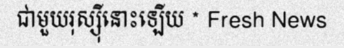
ជាមួយរុស្ស៉ីនោះឡើយ * Fresh News